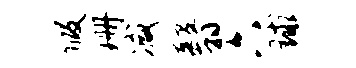
假珊减翳六球